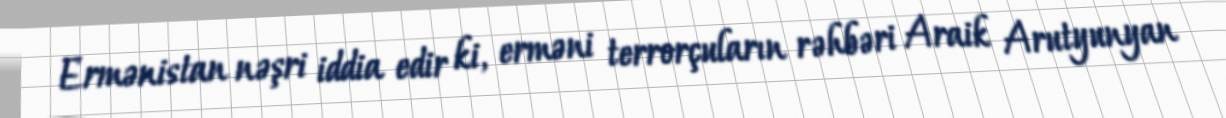
Ermənistan nəşri iddia edir ki, erməni terrorçuların rəhbəri Araik Arutyunyan